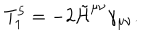
LaTeX: T _ { 1 } ^ { 5 } = - 2 \tilde { \cal H } ^ { \mu \nu } \gamma _ { \mu \nu } .